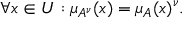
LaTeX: \forall x \in { U } : \mu _ { A ^ { \nu } } ( x ) = \mu _ { A } ( x ) ^ { \nu } .